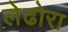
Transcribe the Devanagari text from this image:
लेढोरा